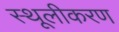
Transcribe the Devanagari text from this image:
स्थूलीकरण